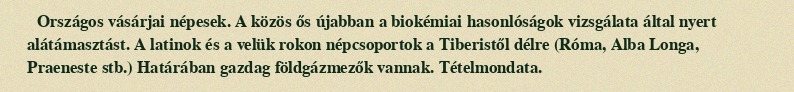
Országos vásárjai népesek. A közös ős újabban a biokémiai hasonlóságok vizsgálata által nyert alátámasztást. A latinok és a velük rokon népcsoportok a Tiberistől délre (Róma, Alba Longa, Praeneste stb.) Határában gazdag földgázmezők vannak. Tételmondata.